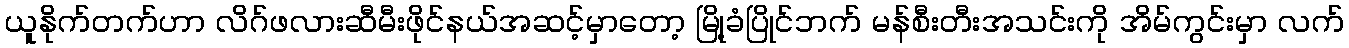
ယူနိုက်တက်ဟာ လိဂ်ဖလားဆီမီးဖိုင်နယ်အဆင့်မှာတော့ မြို့ခံပြိုင်ဘက် မန်စီးတီးအသင်းကို အိမ်ကွင်းမှာ လက်